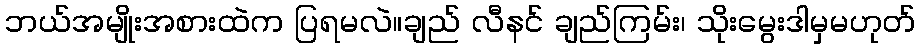
ဘယ်အမျိုးအစားထဲက ပြရမလဲ။ချည် လီနင် ချည်ကြမ်း၊ သိုးမွေးဒါမှမဟုတ်